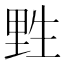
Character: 𰢮